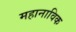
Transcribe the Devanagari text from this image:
महानाविक